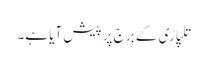
تلپاڑی کے برج پر پیش آیا ہے۔